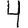
Digit: 4